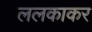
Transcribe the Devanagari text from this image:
ललकाकर